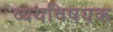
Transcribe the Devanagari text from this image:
व्ययविषयक